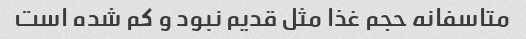
متاسفانه حجم غذا مثل قدیم نبود و کم شده است